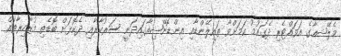
މެލޭޝއާގެ އަވައްޓެރި ދެގައުމު ކަމަށްވާ ތައިލޭންޑާއި އިންޑޮނޭޝިއާގައިދަނީ ސަރުކާރާއި ދެކޮޅަށް ބޮޑެތި މުޒާހިރާތައް